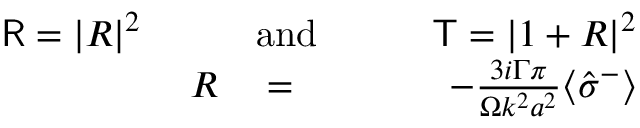
\begin{array} { r l r } { { \sf R } = | { \cal R } | ^ { 2 } \qquad } & { { } \mathrm { a n d } } & { \qquad { \sf T } = | 1 + { \cal R } | ^ { 2 } } \\ { { \cal R } } & { { } = } & { - \frac { 3 i \Gamma \pi } { \Omega k ^ { 2 } a ^ { 2 } } \langle \hat { \sigma } ^ { - } \rangle } \end{array}